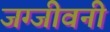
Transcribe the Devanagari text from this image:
जग्जीवनी